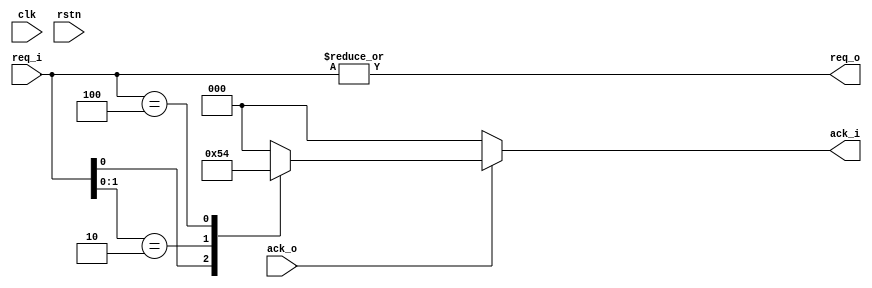
module ArbStatic3(
    input clk,rstn,
    input [2:0] req_i,
    output [2:0] ack_i,
    output req_o,
    input ack_o
);
    reg [2:0] ack_i;

    assign  req_o=|req_i;

    always @(req_i,ack_o) begin
        if(ack_o)    
            casez(req_i)
            3'b??1:     ack_i=3'b001;
            3'b?10:     ack_i=3'b010;
            3'b100:     ack_i=3'b100;
            default     ack_i=3'b000;
            endcase
        else
            ack_i=3'b000;
    end
endmodule